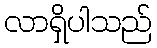
လာရှိပါသည်